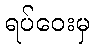
ရပ်ဝေးမှ